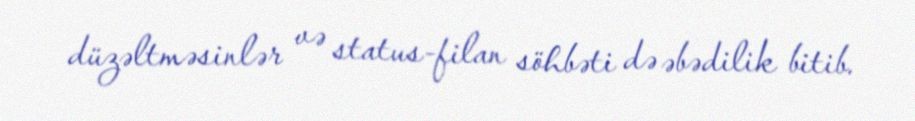
düzəltməsinlər və status-filan söhbəti də əbədilik bitib.